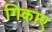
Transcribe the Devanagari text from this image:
गिकाए